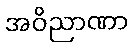
အဝိညာဏာ